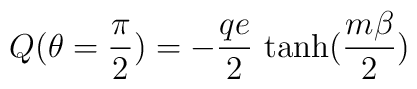
Q(\theta=\frac{\pi}{2})=-\frac{q e}{2} \, \tanh(\frac{m\beta}{2})